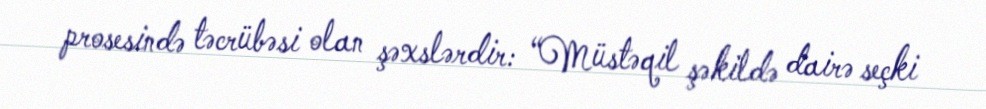
prosesində təcrübəsi olan şəxslərdir: “Müstəqil şəkildə dairə seçki